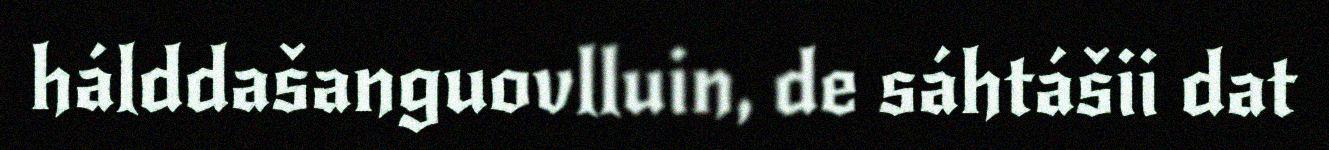
hálddašanguovlluin, de sáhtášii dat